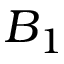
B _ { 1 }